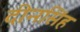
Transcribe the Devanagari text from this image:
दीनसिंह